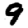
Digit: 9